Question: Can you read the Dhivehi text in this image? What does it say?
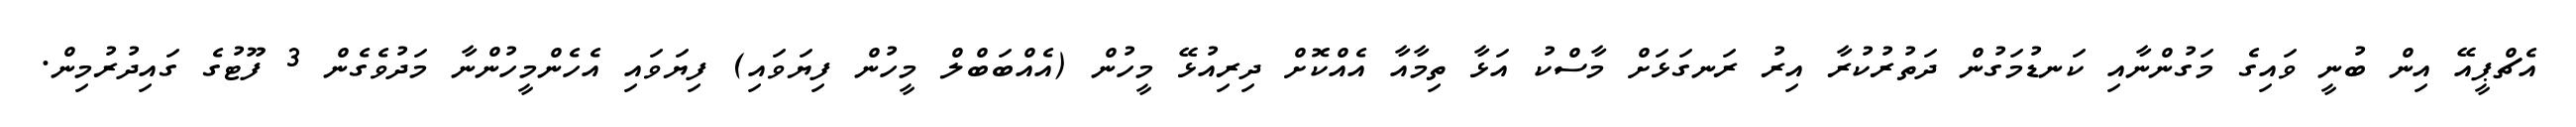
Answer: އެޗްޕީއޭ އިން ބުނީ ވައިގެ މަގުންނާއި ކަނޑުމަގުން ދަތުރުކުރާ އިރު ރަނގަޅަށް މާސްކު އަޅާ ތިމާއާ އެއްކޮށް ދިރިއުޅޭ މީހުން (އެއްބަބްލް މީހުން ފިޔަވައި) ފިޔަވައި އެހެންމީހުންނާ މަދުވެގެން 3 ފޫޓުގެ ގައިދުރުމިން.